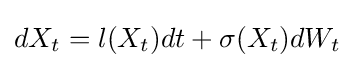
{\textstyle dX_{t}=l(X_{t})dt+\sigma (X_{t})dW_{t}}